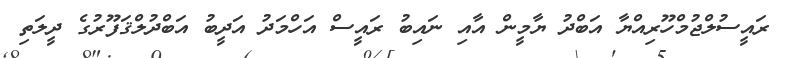
ރައީސުލްޖުމްހޫރިއްޔާ އަބްދު ޔާމީން އާއި ނައިބު ރައީސް އަހްމަދު އަދީބު އަބްދުލްޤަފޫރުގެ ދީލަތި